Malarial fevers
Disease focus: Malaria
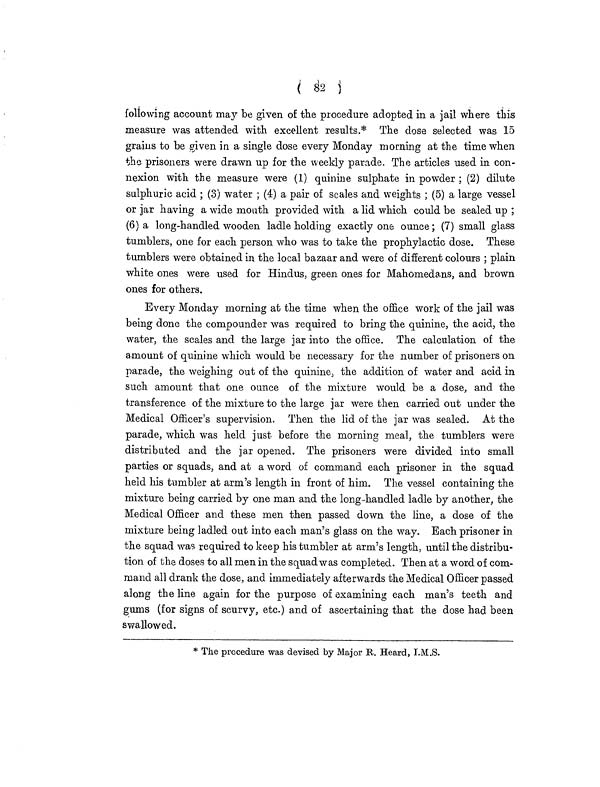
( 82 )
following account may be given of the procedure adopted in a jail where this
measure was attended with excellent results.* The dose selected was 15
grains to be given in a single dose every Monday morning at the time when
the prisoners were drawn up for the weekly parade. The articles used in con-
nexion with the measure were (1) quinine sulphate in powder ; (2) dilute
sulphuric acid ; (3) water ; (4) a pair of scales and weights ; (5) a large vessel
or jar having a wide mouth provided with a lid which could be sealed up ;
(6) a long-handled wooden ladle holding exactly one ounce; (7) small glass
tumblers, one for each person who was to take the prophylactic dose. These
tumblers were obtained in the local bazaar and were of different colours ; plain
white ones were used for Hindus, green ones for Mahomedans, and brown
ones for others.
Every Monday morning at the time when the office work of the jail was
being done the compounder was required to bring the quinine, the acid, the
water, the scales and the large jar into the office. The calculation of the
amount of quinine which would be necessary for the number of prisoners on
parade, the weighing out of the quinine, the addition of water and acid in
such amount that one ounce of the mixture would be a dose, and the
transference of the mixture to the large jar were then carried out under the
Medical Officer's supervision. Then the lid of the jar was sealed. At the
parade, which was held just before the morning meal, the tumblers were
distributed and the jar opened. The prisoners were divided into small
parties or squads, and at a word of command each prisoner in the squad
held his tumbler at arm's length in front of him. The vessel containing the
mixture being carried by one man and the long -handled ladle by another, the
Medical Officer and these men then passed down the line, a dose of the
mixture being ladled out into each man's glass on the way. Each prisoner in
the squad was required to keep his tumbler at arm's length, until the distribu-
tion of the doses to all men in the squad was completed. Then at a word of com-
mand all drank the dose, and immediately afterwards the Medical Officer passed
along the line again for the purpose of examining each man's teeth and
gums (for signs of scurvy, etc.) and of ascertaining that the dose had been
swallowed.
* The procedure was devised by Major R. Heard, I.M.S.